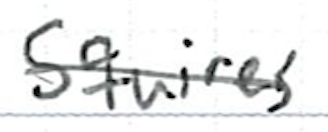
Text: Squires
Cross-out: mix
Writing tool: ballpoint